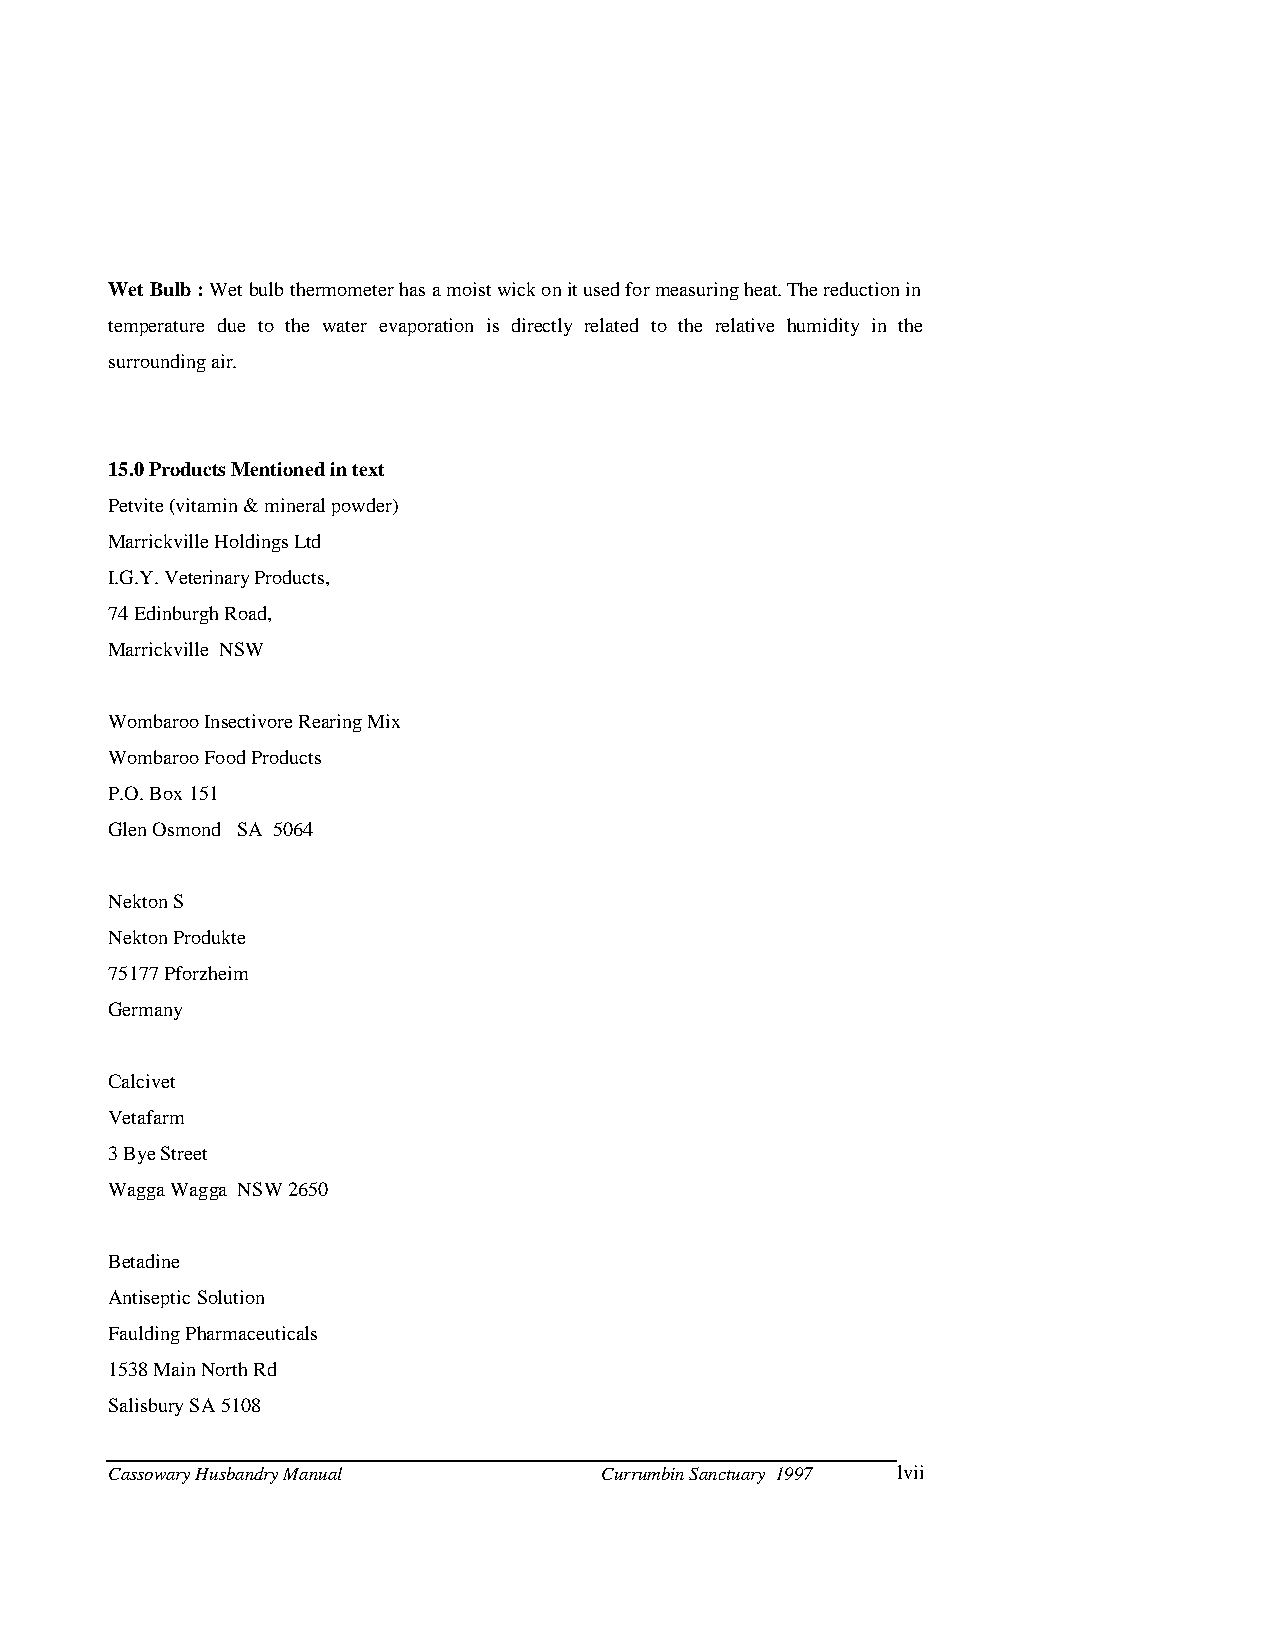
Wet Bulb : Wet bulb thermometer has a moist wick on it used for measuring heat. The reduction in
 temperature due to the water evaporation is directly related to the relative humidity in the
 surrounding air.
 15.0 Products Mentioned in text
 Petvite (vitamin & mineral powder)
 Marrickville Holdings Ltd
 I.G.Y. Veterinary Products,
 74 Edinburgh Road,
 Marrickville NSW
 Wombaroo Insectivore Rearing Mix
 Wombaroo Food Products
 P.O. Box 151
 Glen Osmond SA 5064
 Nekton S
 Nekton Produkte
 75177 Pforzheim
 Germany
 Calcivet
 Vetafarm
 3 Bye Street
 Wagga Wagga NSW 2650
 Betadine
 Antiseptic Solution
 Faulding Pharmaceuticals
 1538 Main North Rd
 Salisbury SA 5108
 Cassowary Husbandry Manual       Currumbin Sanctuary 1997 lvii